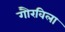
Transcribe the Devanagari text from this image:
गौरविला